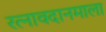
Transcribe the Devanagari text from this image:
रत्नावदानमाला